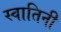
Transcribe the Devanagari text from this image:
स्वातिनी